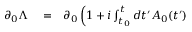
\begin{array} { r l r } { \partial _ { 0 } \Lambda } & { { } = } & { \partial _ { 0 } \left( 1 + i \int _ { t _ { 0 } } ^ { t } d t ^ { \prime } A _ { 0 } ( t ^ { \prime } ) \right. } \end{array}